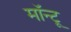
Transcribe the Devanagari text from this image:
मॉन्टू